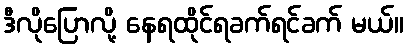
ဒီလိုပြောလို့ နေရထိုင်ရခက်ရင်ခက် မယ်။